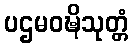
ပဌမဝဍ္ဎိသုတ္တံ